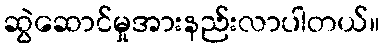
ဆွဲဆောင်မှုအားနည်းလာပါတယ်။